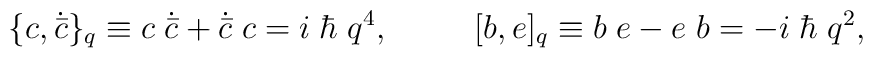
\{ c, \dot {\bar c} \}_{q} \equiv c\;\dot {\bar c}+ \dot {\bar c}\; c= i\; \hbar\;q^4, \;\qquad\;[ b, e ]_{q} \equiv b\;e - e\;b = - i\;\hbar\;q^2,